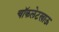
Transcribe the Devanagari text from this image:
चॉकलेटखाऊ